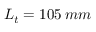
L _ { t } = 1 0 5 \: m m